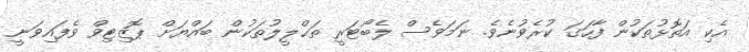
އެކި އަތޮޅުތަކުން ފާހަގަ ކުރެވުނެވެ. ނަމަވެސް ލެބޯޓަރީ ތަޙްލީލުތަކުން ބައްޔަށް ޕޮޒިޓިވް ވެފައިވަނީ